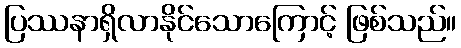
ပြဿနာရှိလာနိုင်သောကြောင့် ဖြစ်သည်။